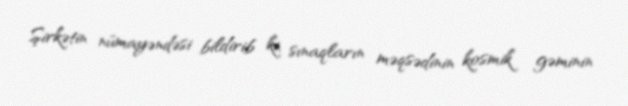
Şirkətin nümayəndəsi bildirib ki, sınaqların məqsədinin kosmik gəminin